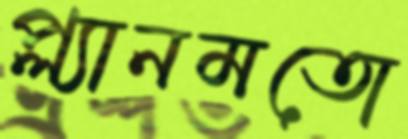
প্ল্যানমতো